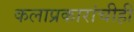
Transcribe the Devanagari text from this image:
कलाप्रकारांचीही